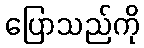
ပြောသည်ကို